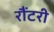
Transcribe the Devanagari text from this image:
रौंटरी